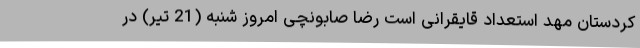
کردستان مهد استعداد قایقرانی است رضا صابونچی امروز شنبه (21 تیر) در